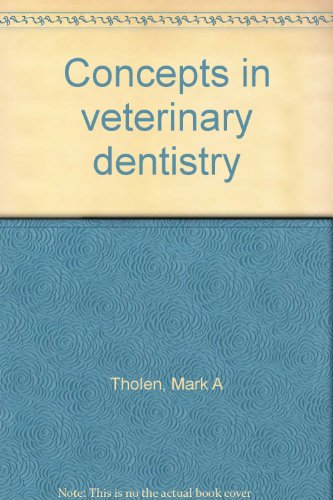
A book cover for Concepts in veterinary dentistry; Mark A Tholen; Medical Books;